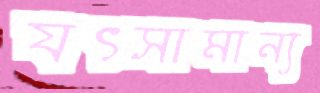
যৎসামান্য